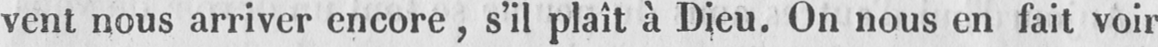
vent nous arriver encore, s’il plaît à Dieu. On nous en fait voir